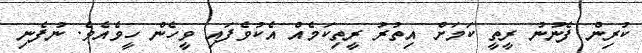
ކުރިން ފެނުނު ރީތީ ކަމަށް އިތުރު ރީތިކަމެއް އެކުވެފައި ވީހެން ހީވެއެވެ. ނުފެނި